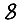
Digit: 8